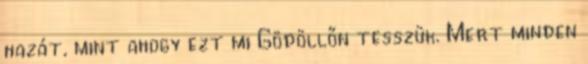
hazát, mint ahogy ezt mi Gödöllőn tesszük. Mert minden